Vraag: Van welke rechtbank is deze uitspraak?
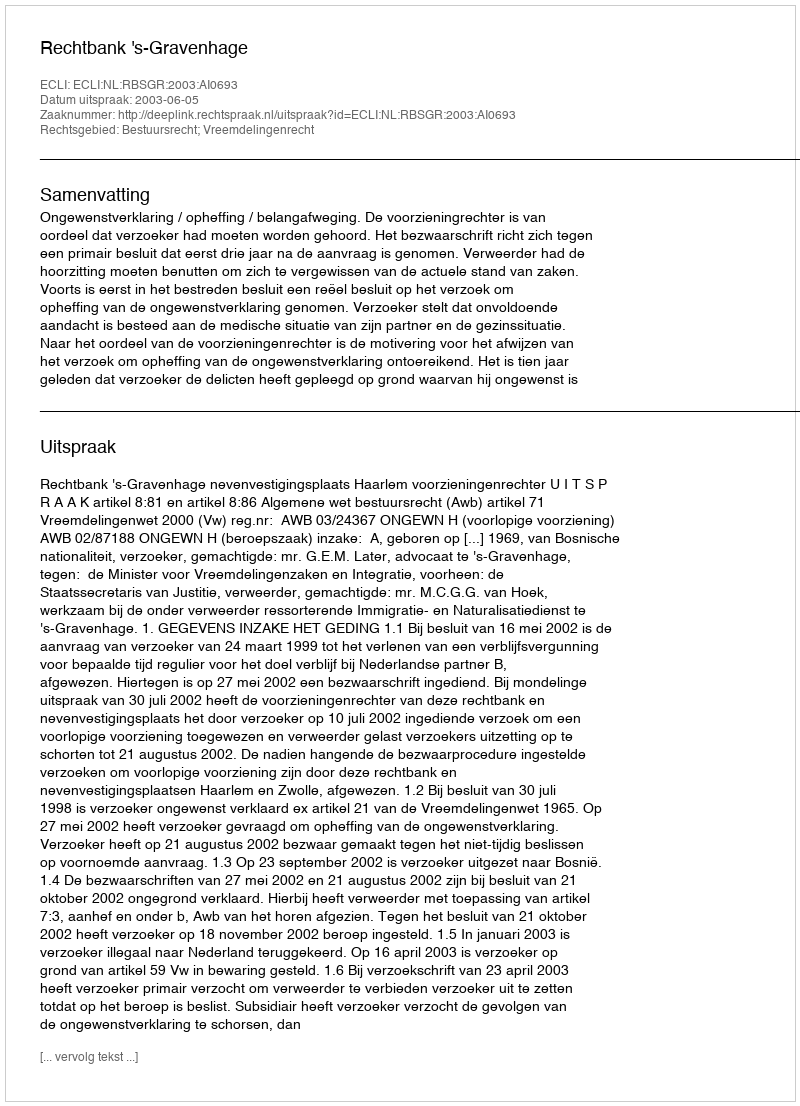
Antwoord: Rechtbank 's-Gravenhage